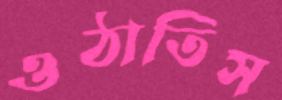
ওঠাতিস